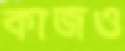
কাজও